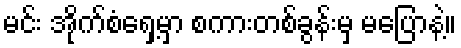
မင်း အိုက်စံရှေ့မှာ စကားတစ်ခွန်းမှ မပြောနဲ့။